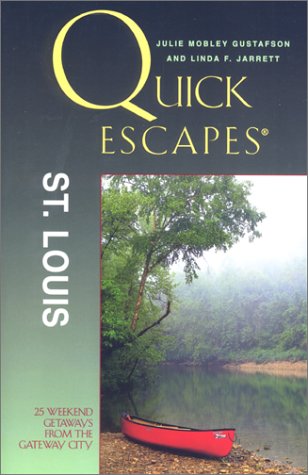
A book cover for Quick Escapes St. Louis: 25 Weekend Getaways from the Gateway City (Quick Escapes Series); Julie Gustafson; Travel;